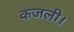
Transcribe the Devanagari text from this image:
कजली।